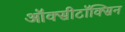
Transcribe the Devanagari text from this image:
ऑक्सीटॉक्सिन